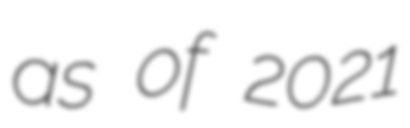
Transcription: as of 2021